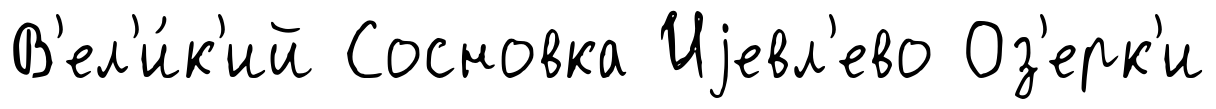
В'ел'и́к'ий Сосновка Иjевл'ево Оз'ерк'и